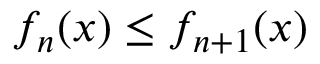
f _ { n } ( x ) \leq f _ { n + 1 } ( x )